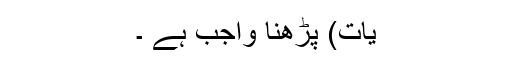
یَات) پڑھنا واجِب ہے ۔